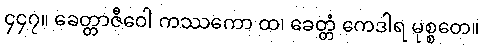
၄၄၇။ ခေတ္တာဇီဝေါ ကဿကော ထ၊ ခေတ္တံ ကေဒါရ မုစ္စတေ။